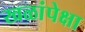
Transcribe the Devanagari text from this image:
खळांपेक्षा